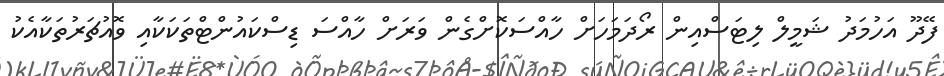
ފޭދޫ އަހުމަދު ޝަމީލް ލިޓަސްއިން ރޯދަމަހަށް ހާއްސަކޮށްގެން ވަރަށް ހާއްސަ ޑިސްކައުންޓްތަކަކާއި ވޮއުޗަރުތަކާއެކު